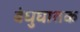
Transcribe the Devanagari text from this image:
बंधुघातक